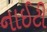
નાઈટી